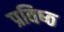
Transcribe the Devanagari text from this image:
प्रविष्‍ठ